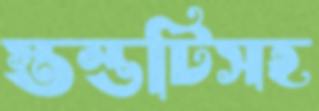
স্তম্ভটিসহ